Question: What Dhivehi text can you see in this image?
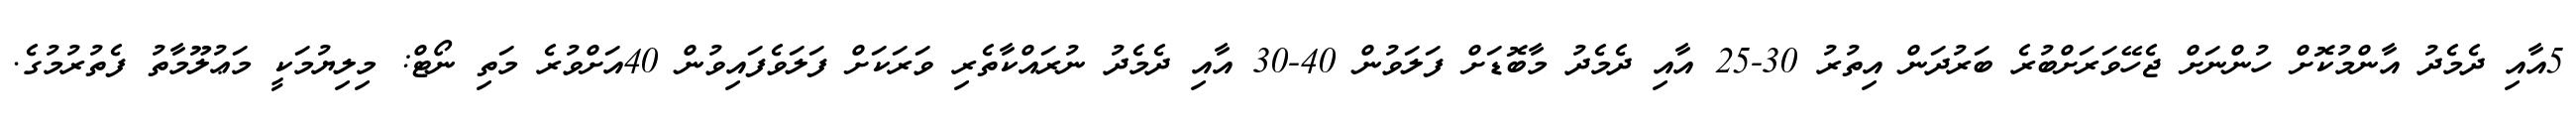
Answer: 5އާއި ދެމެދު އާންމުކޮށް ހުންނަށް ޖެހޭވަރަށްބުރެ ބަރުދަން އިތުރު 30-25 އާއި ދެމެދު މާބޮޑަށް ފަލަވުން 40-30 އާއި ދެމެދު ނުރައްކާތެރި ވަރަކަށް ފަލަވެފައިވުން 40އަށްވުރެ މަތި ނޯޓް: މިލިޔުމަކީ މަޢުލޫމާތު ފެތުރުމުގެ.